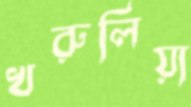
খরুলিয়া